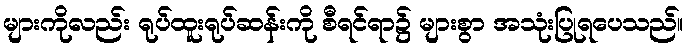
များကိုလည်း ရုပ်ထူးရုပ်ဆန်းကို စီရင်ရာ၌ များစွာ အသုံးပြုရပေသည်။